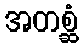
အတစ္ဆံ